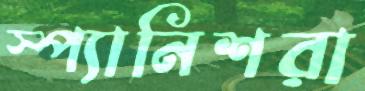
স্প্যানিশরা